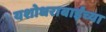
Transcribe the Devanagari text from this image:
यशोधराबाईंच्या